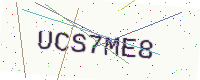
Text: UCS7ME8